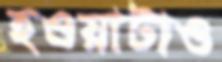
হওয়াটাও